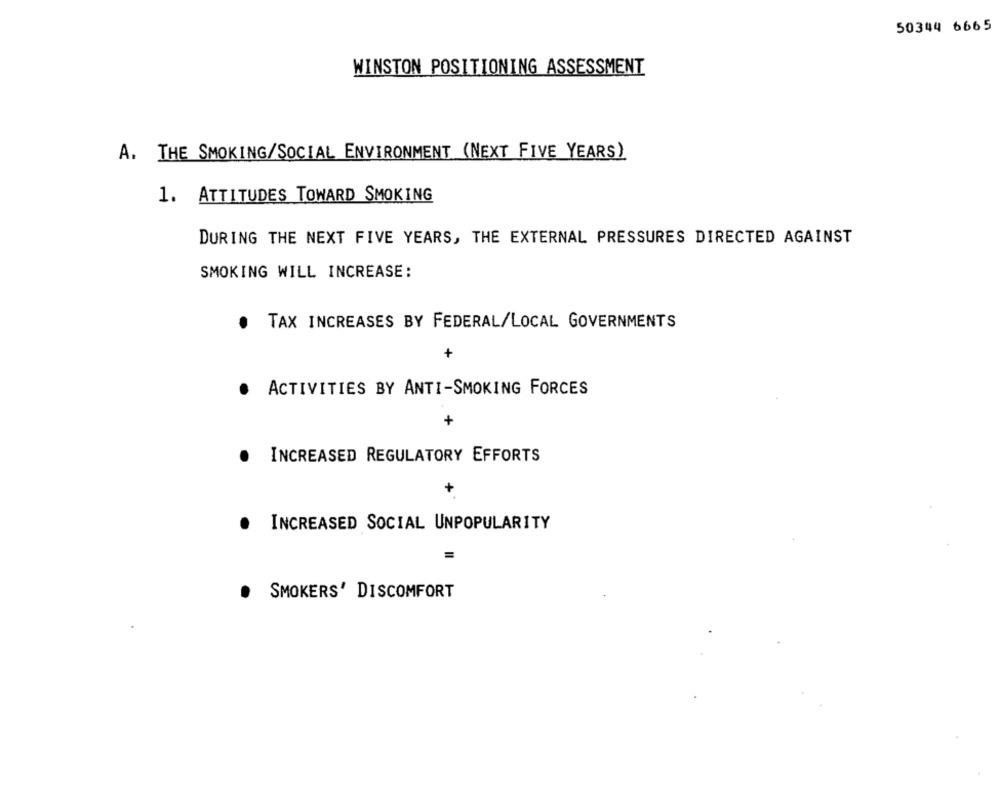
50344 6665
WINSTON POSITIONING ASSESSMENT
A. THE SMOKING/SOCIAL ENVIRONMENT (NEXT FIVE YEARS)
1. ATTITUDES TOWARD SMOKING
DURING THE NEXT FIVE YEARS, THE EXTERNAL PRESSURES DIRECTED AGAINST
SMOKING WILL INCREASE:
TAX INCREASES BY FEDERAL/LOCAL GOVERNMENTS
.
+
.
ACTIVITIES BY ANTI-SMOKING FORCES
+
INCREASED REGULATORY EFFORTS
+
INCREASED SOCIAL UNPOPULARITY
=
SMOKERS' DISCOMFORT